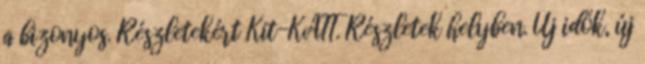
a bizonyos. Részletekért Kit-KATT. Részletek helyben. Új idők, új